65_HS1-834228961_62-HQ-83894_Section_4
Agency: FBI
Page 178
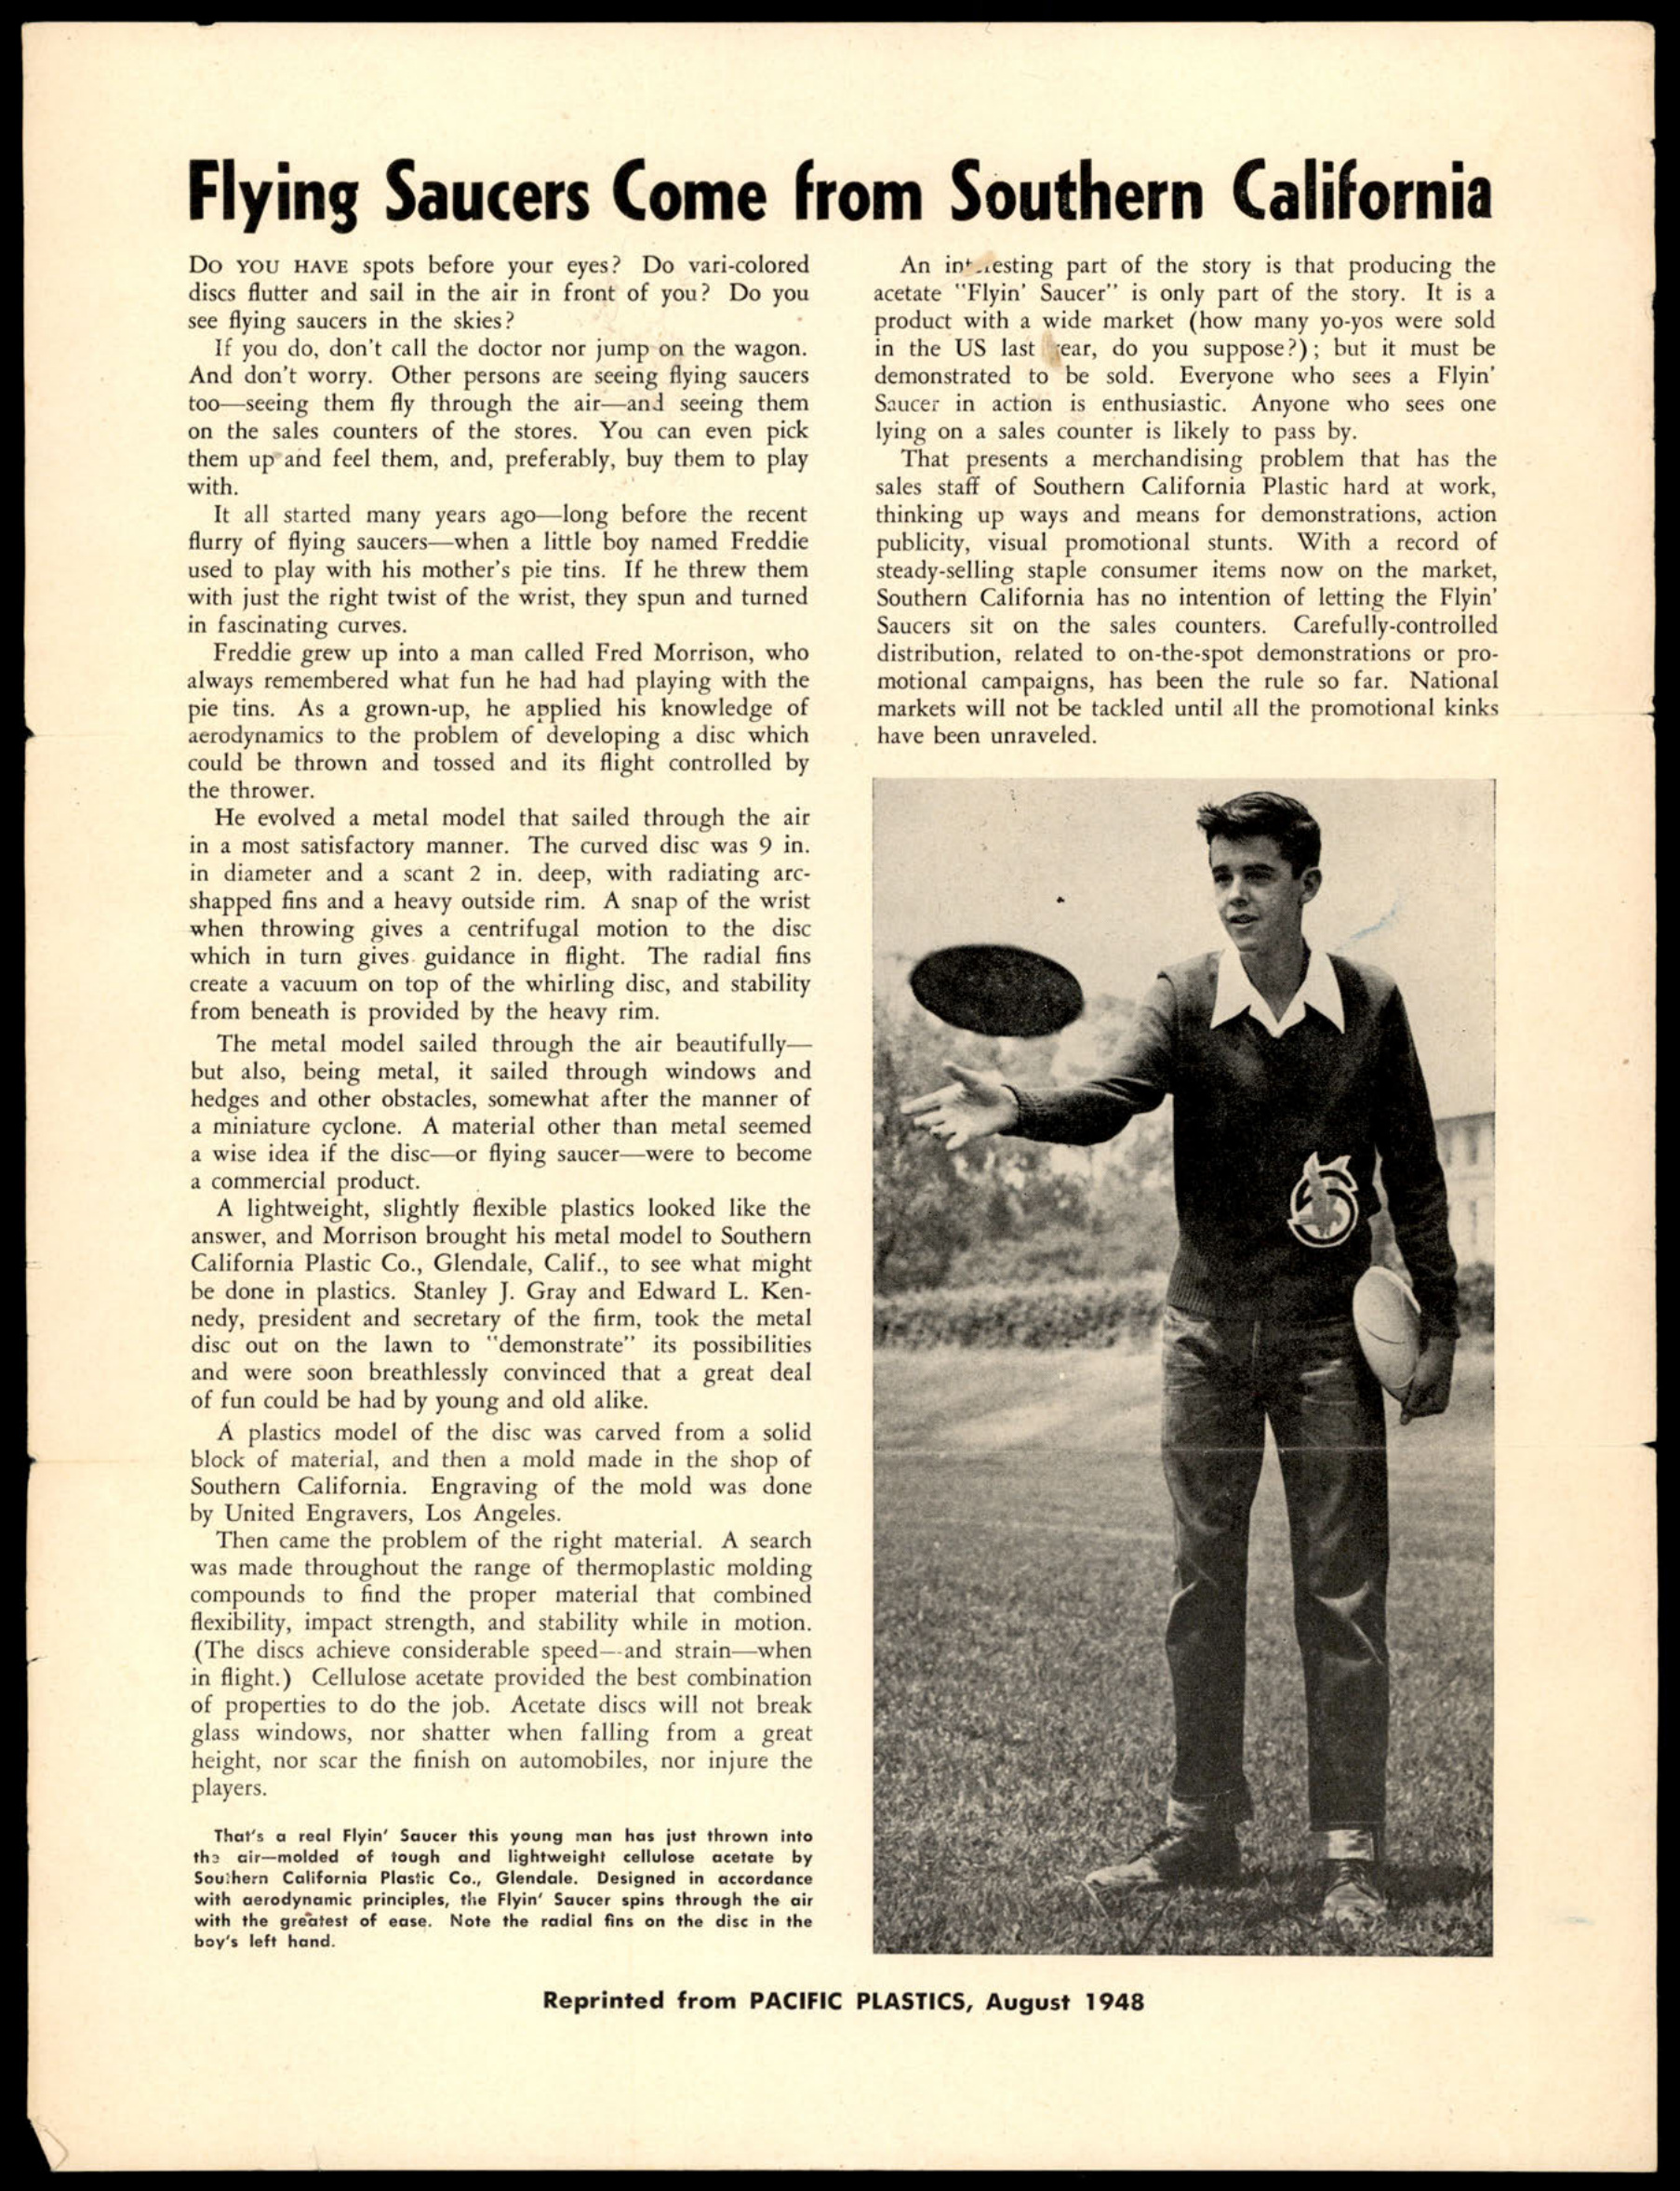